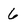
Character: 6